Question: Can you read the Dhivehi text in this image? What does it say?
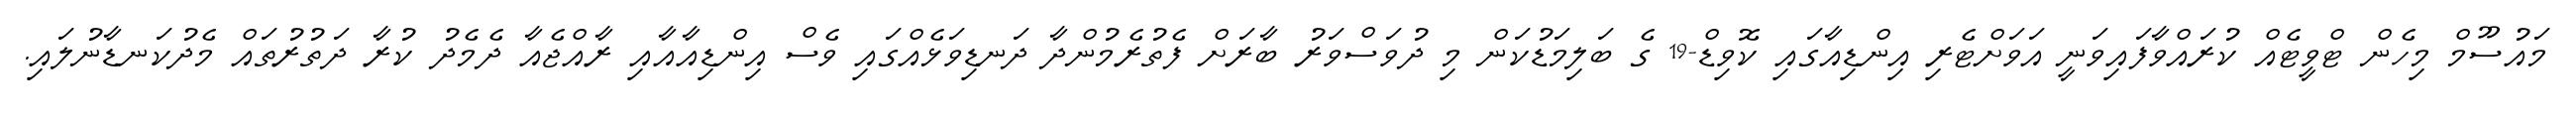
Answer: މައުސޫމް މިހެން ޓްވީޓެއް ކުރައްވާފައިވަނީ އަވަށްޓެރި އިންޑިއާގައި ކޮވިޑް-19 ގެ ބަލިމަޑުކަން މި ދުވަސްވަރު ބާރަށް ފެތުރެމުންދާ ދަނޑިވަޅެއްގައި ވެސް އިންޑިއާއާއި ރާއްޖެއާ ދެމެދު ކުރާ ދަތުރުތައް މެދުކަނޑާނުލައި.